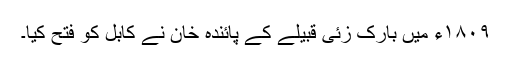
۱۸۰۹ء میں بارک زئی قبیلے کے پائندہ خان نے کابل کو فتح کیا۔